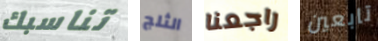
تناسبك الثلج راجعنا تابعين